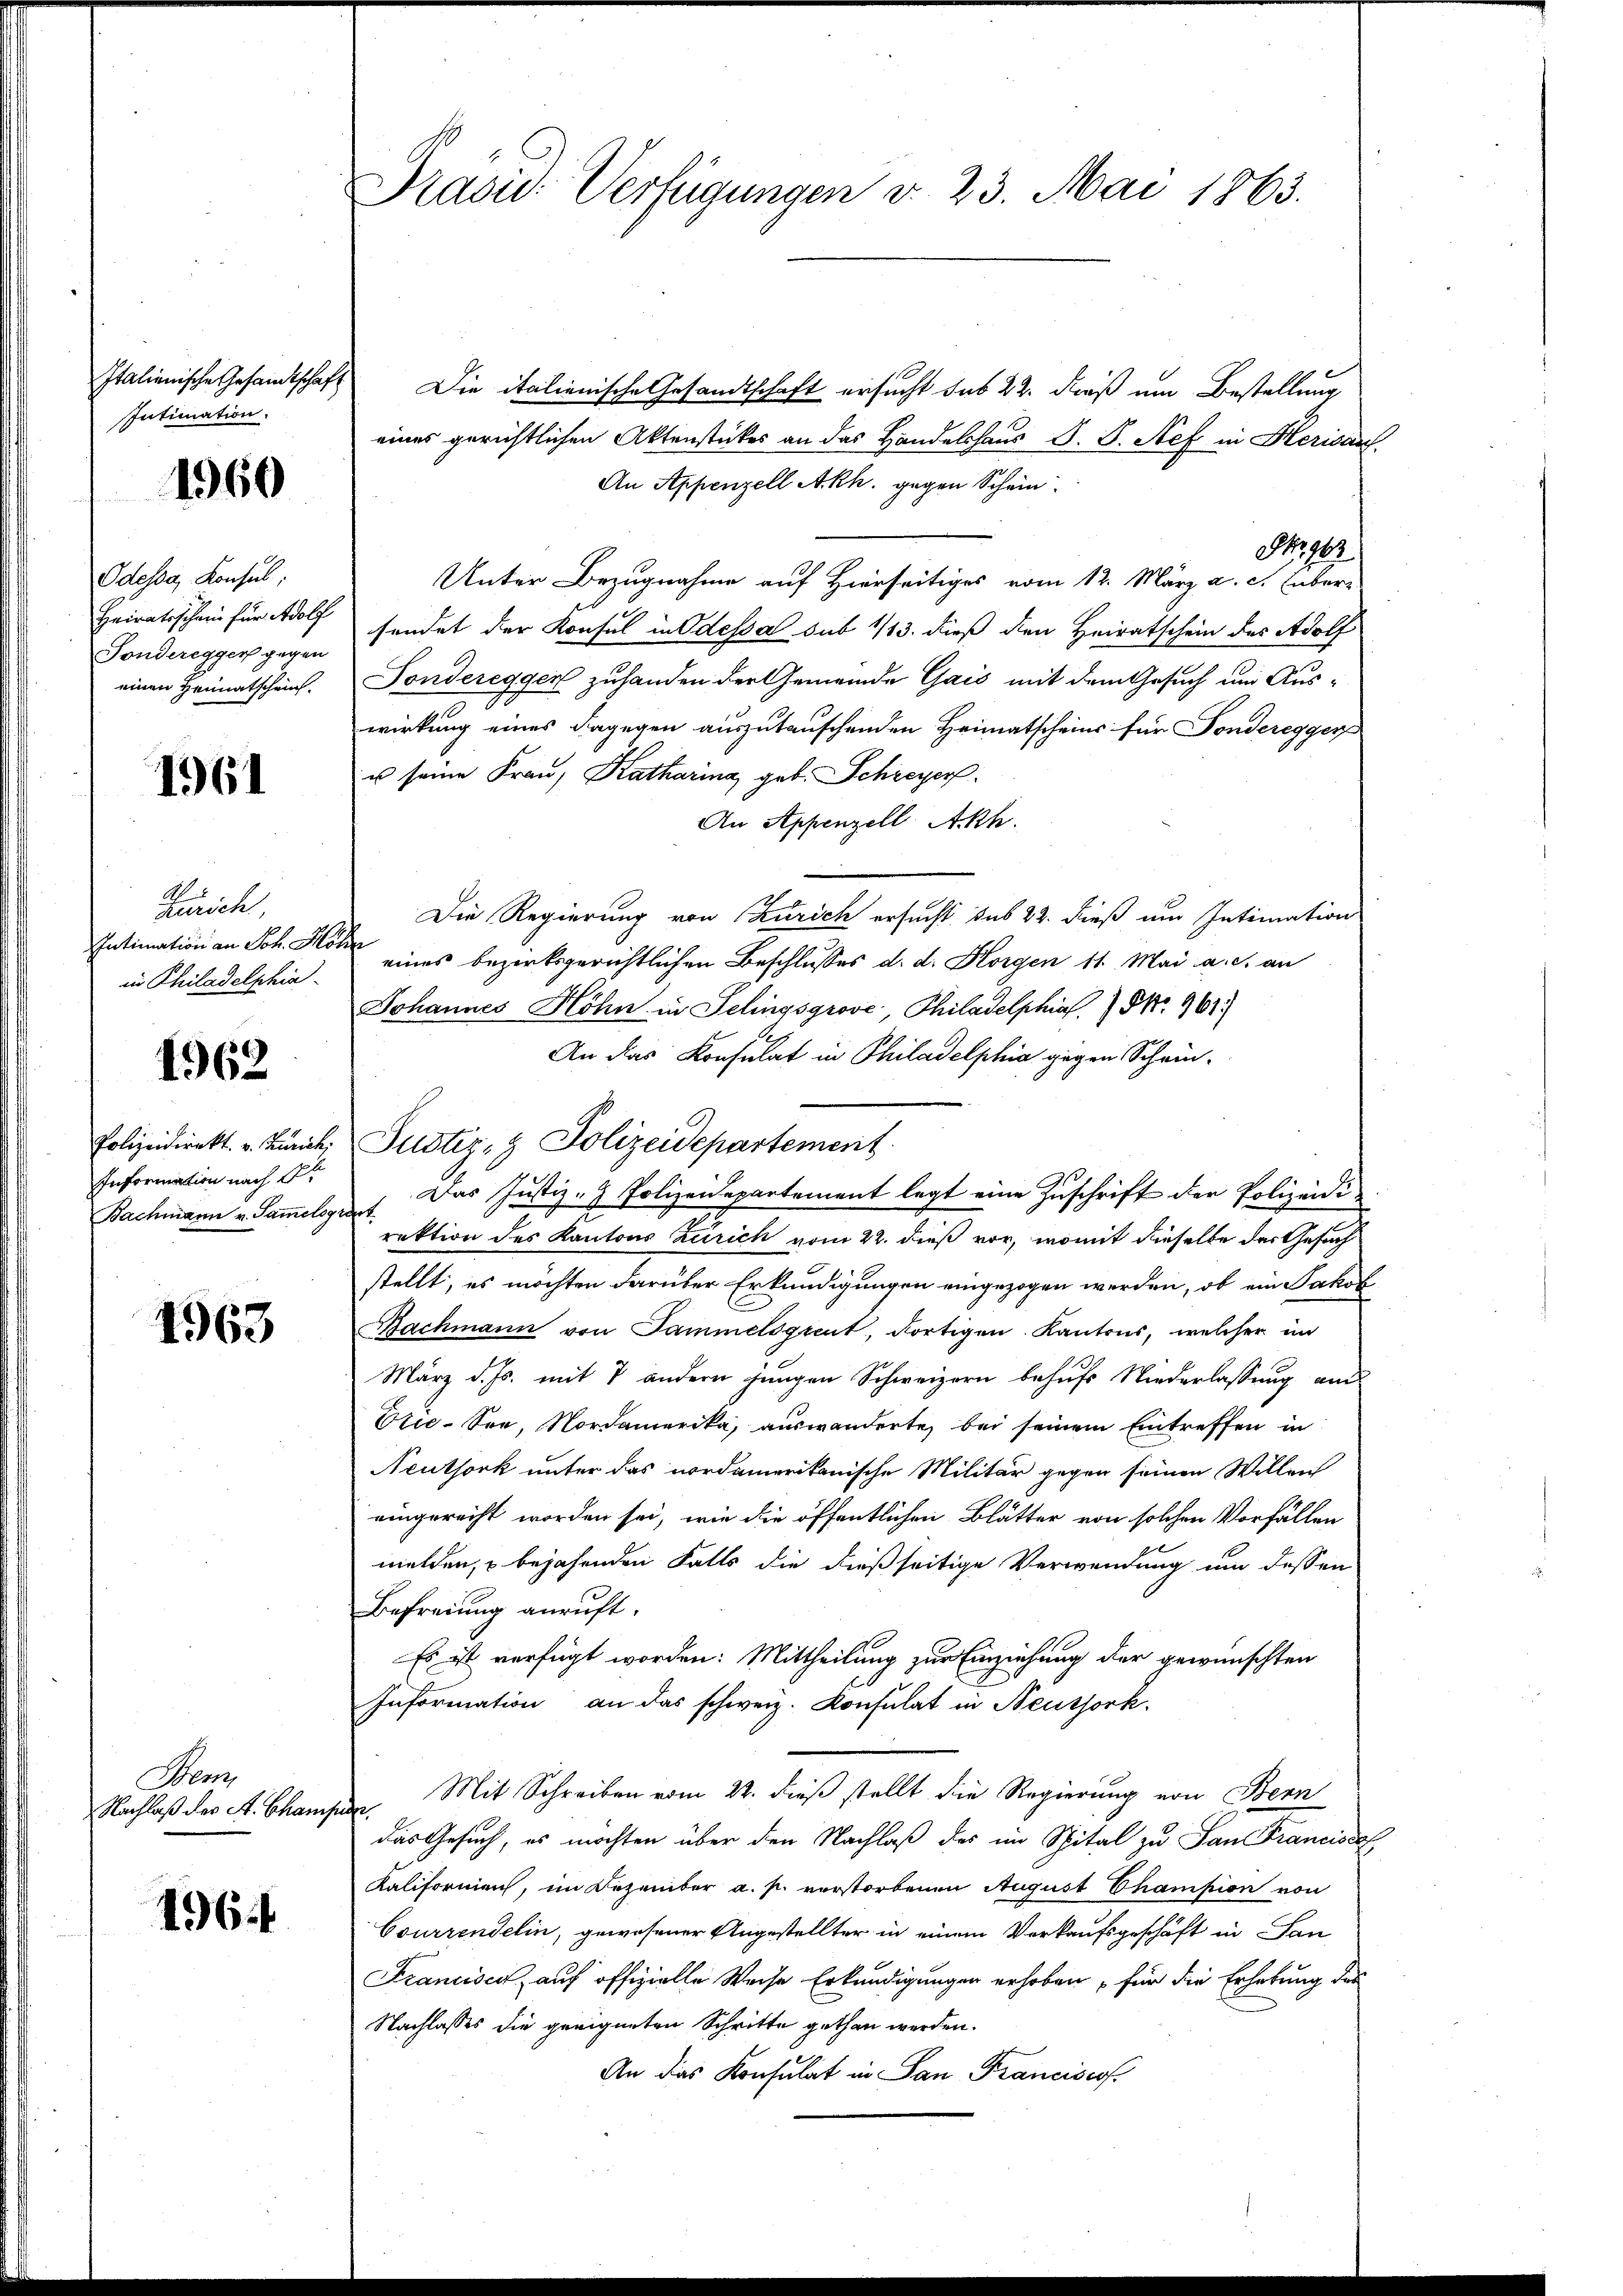
Intimation.

1960

Odessa, Konsul,
Heiratsschein für Adolf
Sonderegger gegen
einen Heimatschein.

1961

A
Zürich,
Intimation an Joh. Ho
in Philadelphia

1962

Polizeidirekt. v. Zürich,
Information nach St
Bachmann v. Sammelsg

1963

Bez
Nachlaß des St. Cham,

1964

Präsid-Verfügungen v. 23. Mai 1863.

Italienische Gesandtschaft Die italienische Gesandtschaft ersucht das 22. dieß um Bestellung
eines gerichtlichen Aktenstückes an das Handelshaus S. S. Nef in Herisau
An Appenzell Akh. gegen Schein
NNo. 942
Unter Bezugnahme auf Hierseitiges vom 12. März a. c. Eber-
sendet der Konsul in Odessa sub 113. dieß den Heiratschein des Adolf
Sondereggen zuhanden der Gemeinde Gaić mit dem Gesuch um Auswirkung eines dagegen auszutauschenden Heimatscheins für Fonderegger
u seine Frau, Katharina geb. Schreyer
An Appenzell Akh.
Die Regierung von Zürich ersucht sub 22. dieß um Intimation
 eines bezirksgerichtlichen Beschlusses d. d. Horgen 11. Mai a. c. an
Johannes Höhn in Selingsgrove, Philadelphias No. 961.
An das Konsulat in Philadelphia gegen Schein¬
Justiz- & Polizeidepartement.
Das Justiz- & Polizeidepartement legt eine Zuschrift der Polizeidi¬
 Lektion des Kantons Zeirich vom 22. dieß vor, womit dieselbe der Gesuch
stellt, es möchten darüber Erkundigungen eingezogen werden, ob ein Jakob
Bachmann von Sammelsgrent, fortigen Kantons, welcher im
März d. Js. mit 7 andern jungen Schweizern behufs Niederlassung aus
Ctie-See, Nordamerika, auswanderte, bei seinem Eintreffen in
Neuthork unter das nordamerikanische Militär gegen seinen Willen
eingereicht worden sei, wie die öffentlichen Blätter von solchen Vorfällen
melden, u bejahenden Falls die dießseitige Verwendung um dessen
Befreiung anruft.
Es ist verfügt worden: Mittheilung zur Einziehung der gewünschten
Information an das schweiz. Konsulat in Neussork.
Mit Schreiben vom 22. dieß stellt die Regierung von Bern
e
das Gesuch, es möchten über den Nachlaß des im Spital zu San Francisco
Kaliformen, im Dezember a. p. verstorbenen August Champion von
Courrendelin, gewesener Angestellter in einem Verkaufsgeschäft in San
Francisch, auf offizielle Weise Erkundigungen erhoben für die Erhebung des
Nachlasses die geeigneten Schritte gethan werden.
An das Konsulat in San Franciscof